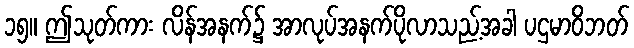
၁၅။ ဤသုတ်ကား လိန်အနက်၌ အာလုပ်အနက်ပိုလာသည့်အခါ ပဌမာဝိဘတ်